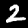
Label: 2